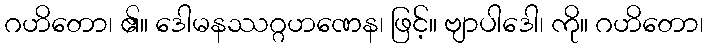
ဂဟိတော၊ ၏။ ဒေါမနဿဂ္ဂဟဏေန၊ ဖြင့်။ ဗျာပါဒေါ၊ ကို။ ဂဟိတော၊